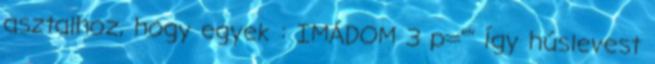
asztalhoz, hogy egyek : IMÁDOM 3 p="" Így húslevest